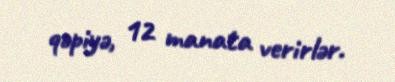
qəpiyə, 12 manata verirlər.